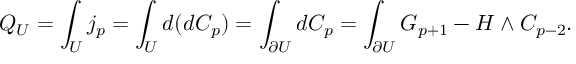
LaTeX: Q _ { U } = \int _ { U } j _ { p } = \int _ { U } d ( d C _ { p } ) = \int _ { \partial U } d C _ { p } = \int _ { \partial U } G _ { p + 1 } - H \wedge C _ { p - 2 } .